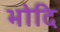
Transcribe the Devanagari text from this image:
भोदि